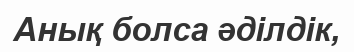
Анық болса әділдік,